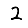
Digit: 2